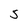
Character: 5